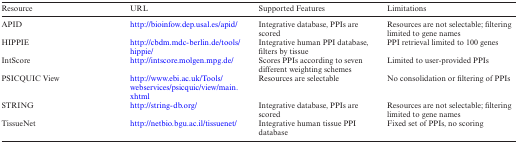
| Resource | URL | Supported Features | Limitations |
 | --- | --- | --- | --- |
 | APID | http://bioinfow.dep.usal.es/apid/ | Integrative database, PPIs are scored | Resources are not selectable; filtering limited to gene names |
 | HIPPIE | http://cbdm.mdc-berlin.de/tools/hippie/ | Integrative human PPI database, filters by tissue | PPI retrieval limited to 100 genes |
 | IntScore | http://intscore.molgen.mpg.de/ | Scores PPIs according to seven different weighting schemes | Limited to user-provided PPIs |
 | PSICQUIC View | http://www.ebi.ac.uk/Tools/webservices/psicquic/view/main.xhtml | Resources are selectable | No consolidation or filtering of PPIs |
 | STRING | http://string-db.org/ | Integrative database, PPIs are scored | Resources are not selectable; filtering limited to gene names |
 | TissueNet | http://netbio.bgu.ac.il/tissuenet/ | Integrative human tissue PPI database | Fixed set of PPIs, no scoring |